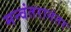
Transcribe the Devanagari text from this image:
मन्वंतरानंतर